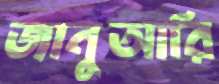
জানুআরি